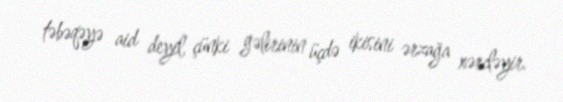
təbəqəyə aid deyil, çünki gəlirinin üçdə ikisini ərzağa xərcləyir.